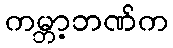
ကမ္ဘာ့ဘဏ်က